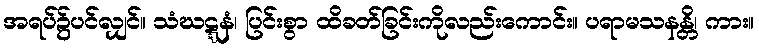
အရပ်၌ပင်လျှင်။ သံဃဋ္ဋနံ၊ ပြင်းစွာ ထိခတ်ခြင်းကိုလည်းကောင်း။ ပရာမသနန္တိ၊ ကား။